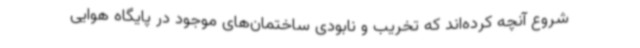
شروع آنچه کرده‌اند که تخریب و نابودی ساختمان‌های موجود در پایگاه هوایی